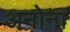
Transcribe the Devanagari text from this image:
अनोना